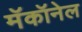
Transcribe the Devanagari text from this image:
मॅकॉनेल